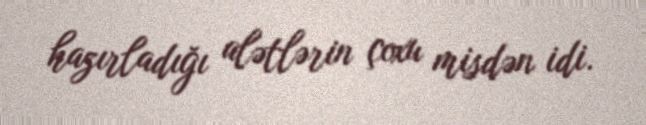
hazırladığı alətlərin çoxu misdən idi.